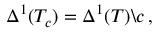
\Delta ^ { 1 } ( T _ { c } ) = \Delta ^ { 1 } ( T ) \backslash c \, ,